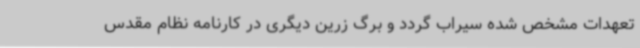
تعهدات مشخص شده سیراب گردد و برگ زرین دیگری در کارنامه نظام مقدس